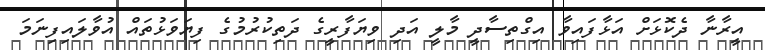
އީރާނާ ދެކޮޅަށް އަޅާފައިވާ އިގްތިސާދީ މާލީ އަދި ވިޔަފާރީގެ ދަތިކުރުމުގެ ފިޔަވަޅުތައް އުވާލައިފިނަމަ